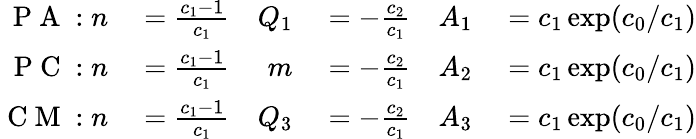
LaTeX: \begin{array}{rlrlrl}{\mathrm{~P~A~}:n}&{{}=\frac{c_{1}-1}{c_{1}}}&{Q_{1}}&{{}=-\frac{c_{2}}{c_{1}}}&{A_{1}}&{{}=c_{1}\exp(c_{0}/c_{1})}\\ {\mathrm{~P~C~}:n}&{{}=\frac{c_{1}-1}{c_{1}}}&{m}&{{}=-\frac{c_{2}}{c_{1}}}&{A_{2}}&{{}=c_{1}\exp(c_{0}/c_{1})}\\ {\mathrm{~C~M~}:n}&{{}=\frac{c_{1}-1}{c_{1}}}&{Q_{3}}&{{}=-\frac{c_{2}}{c_{1}}}&{A_{3}}&{{}=c_{1}\exp(c_{0}/c_{1})}\end{array}